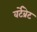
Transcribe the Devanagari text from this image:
वर्टेब्रेट